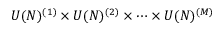
U ( N ) ^ { ( 1 ) } \times U ( N ) ^ { ( 2 ) } \times \cdots \times U ( N ) ^ { ( M ) }